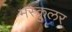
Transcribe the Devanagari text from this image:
मस्कुलर